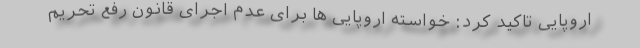
اروپایی تاکید کرد: خواسته اروپایی ها برای عدم اجرای قانون رفع تحریم